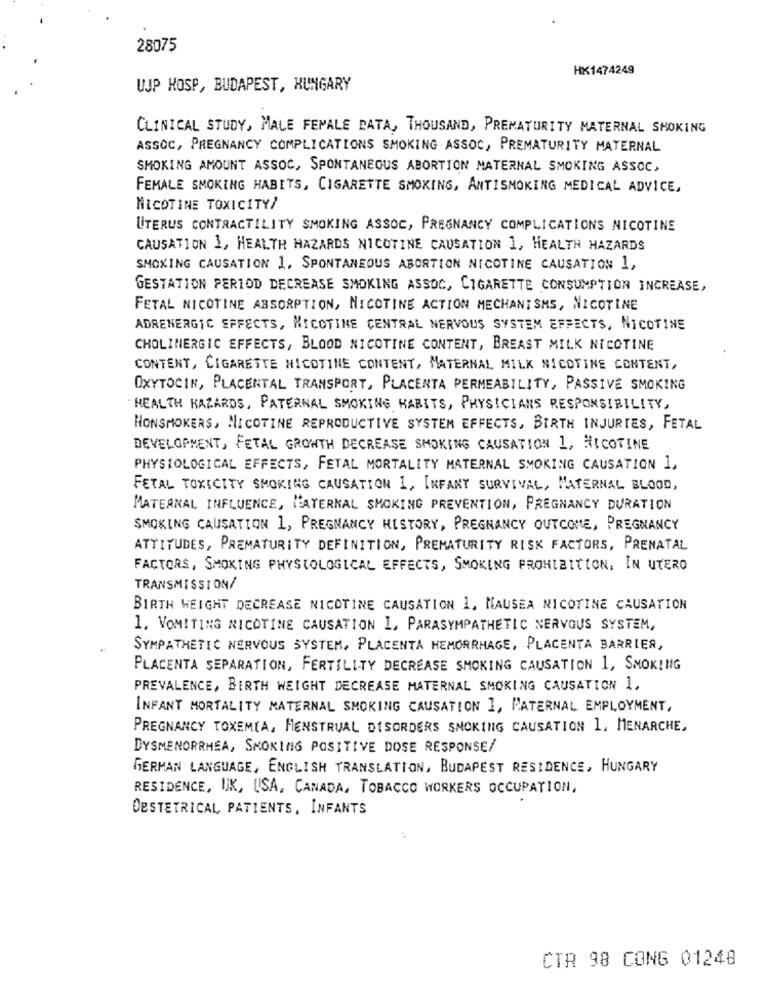
28075
HX1474249
UJP HOSP, BUDAPEST, HUNGARY
CLINICAL STUDY, MALE FEMALE DATA, THOUSAND, PREMATURITY MATERNAL SMOKING
ASSOC, PREGNANCY COMPLICATIONS SMOKING ASSOC, PREMATURITY MATERNAL
SMOKING AMOUNT ASSOC, SPONTANEOUS ABORTION MATERNAL SMOKING ASSOC,
FEMALE SMOKING HABITS, CIGARETTE SMOKING, ANTISMOKING MEDICAL ADVICE,
NICOTINE TOXICITY/
UTERUS CONTRACTILITY SMOKING ASSOC, PREGNANCY COMPLICATIONS NICOTINE
CAUSATION 1, HEALTH HAZARDS NICOTINE CAUSATION 1, HEALTH HAZARDS
SMOKING CAUSATION 1, SPONTANEOUS ABORTION NICOTINE CAUSATION 1,
GESTATION PERIOD DECREASE SMOKING ASSOC, CIGARETTE CONSUMPTION INCREASE,
FETAL NICOTINE ABSORPTION, NICOTINE ACTION MECHANISMS, NICOTINE
ADRENERGIC EFFECTS, NICOTINE CENTRAL NERVOUS SYSTEM EFFECTS, NICOTINE
CHOLINERGIC EFFECTS, BLOOD NICOTINE CONTENT, BREAST MILK NICOTINE
CONTENT, CIGARETTE NICOTINE CONTENT, MATERNAL MILK NICOTINE CONTENT,
OXYTOCIN, PLACENTAL TRANSPORT, PLACENTA PERMEABILITY, PASSIVE SMOKING
HEALTH KAZARDS, PATERNAL SMOKING HABITS, PHYSICIANS RESPONSIBILITY,
HONSMOKERS, NICOTINE REPRODUCTIVE SYSTEM EFFECTS, BIRTH INJURIES, FETAL
DEVELOPMENT, FETAL GROWTH DECREASE SMOKING CAUSATION 1, NICOTINE
PHYSIOLOGICAL EFFECTS, FETAL MORTALITY MATERNAL SMOKING CAUSATION 1,
FETAL TOXICITY SMOKING CAUSATION I, INFANT SURVIVAL, MATERNAL BLOOD,
MATERNAL INFLUENCE, MATERNAL SMOKING PREVENTION, PREGNANCY DURATION
SMOKING CAUSATION 1, PREGNANCY HISTORY, PREGNANCY OUTCOME, PREGNANCY
ATTITUDES, PREMATURITY DEFINITION, PREMATURITY RISK FACTORS, PRENATAL
FACTORS, SMOKING PHYSIOLOGICAL EFFECTS, SMOKING PROHIBITION, IN UTERO
TRANSMISSION/
BIRTH WEIGHT DECREASE NICOTINE CAUSATION 1, NAUSEA NICOTINE CAUSATION
1. VOMITING NICOTINE CAUSATION I, PARASYMPATHETIC NERVOUS SYSTEM,
SYMPATHETIC NERVOUS SYSTEM, PLACENTA HEMORRHAGE, PLACENTA BARRIER,
PLACENTA SEPARATION, FERTILITY DECREASE SMOKING CAUSATION 1, SMOKING
PREVALENCE, BIRTH WEIGHT DECREASE MATERNAL SMOKING CAUSATION 1.
INFANT MORTALITY MATERNAL SMOKING CAUSATION I, PATERNAL EMPLOYMENT,
PREGNANCY TOXEMIA, MENSTRUAL DISORDERS SMOKING CAUSATION 1, MENARCHE.
DYSMENORRHEA, SMOKING POSITIVE DOSE RESPONSE/
GERMAN LANGUAGE, ENGLISH TRANSLATION, BUDAPEST RESIDENCE, HUNGARY
RESIDENCE, UK, USA, CANADA, TOBACCO WORKERS OCCUPATION,
DESTETRICAL PATIENTS, INFANTS
CTR 98 CONG 01248